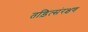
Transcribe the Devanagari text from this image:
तड़ित्संरक्षण